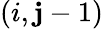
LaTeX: (i,\mathbf{j}-1)